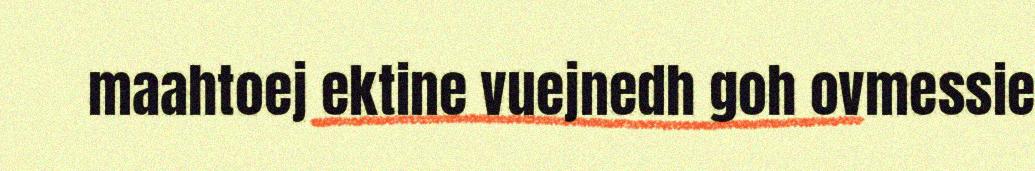
maahtoej ektine vuejnedh goh ovmessie